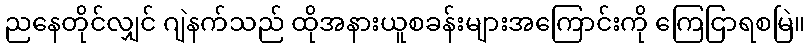
ညနေတိုင်လျှင် ဂျဲနက်သည် ထိုအနားယူစခန်းများအကြောင်းကို ကြေငြာရစမြဲ။